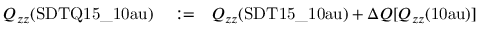
\begin{array} { r l r } { Q _ { z z } ( \mathrm { { S D T Q 1 5 \_ 1 0 a u } } ) } & { { } : = } & { Q _ { z z } ( \mathrm { { S D T 1 5 \_ 1 0 a u } } ) + \Delta Q [ Q _ { z z } ( \mathrm { { 1 0 a u } } ) ] } \end{array}